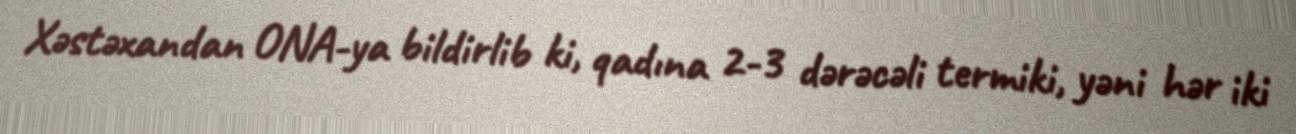
Xəstəxandan ONA-ya bildirlib ki, qadına 2-3 dərəcəli termiki, yəni hər iki